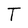
Character: T